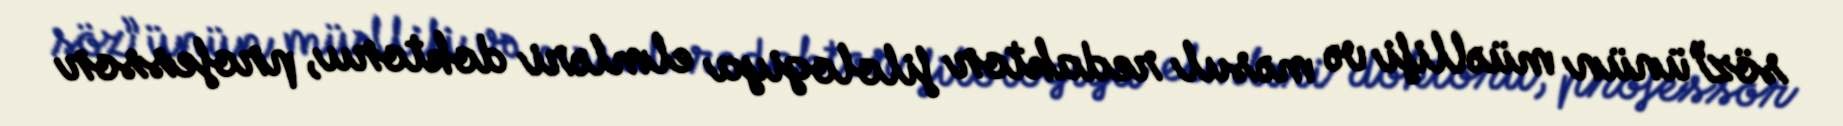
söz”ünün müəllifi və məsul redaktor filologiya elmləri doktoru, professor